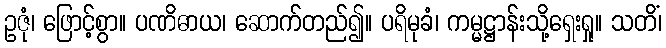
ဥဇုံ၊ ဖြောင့်စွာ။ ပဏိဓာယ၊ ဆောက်တည်၍။ ပရိမုခံ၊ ကမ္မဋ္ဌာန်းသို့ရှေးရှု။ သတိံ၊